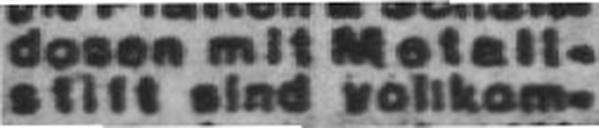
stift sind voltkom¬